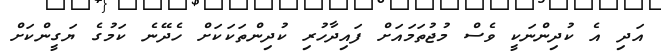
އަދި އެ ކުދިންނަކީ ވެސް މުޖުތަމައަށް ފައިދާހުރި ކުދިންތަކަކަށް ހެދޭނެ ކަމުގެ ޔަގީންކަށް